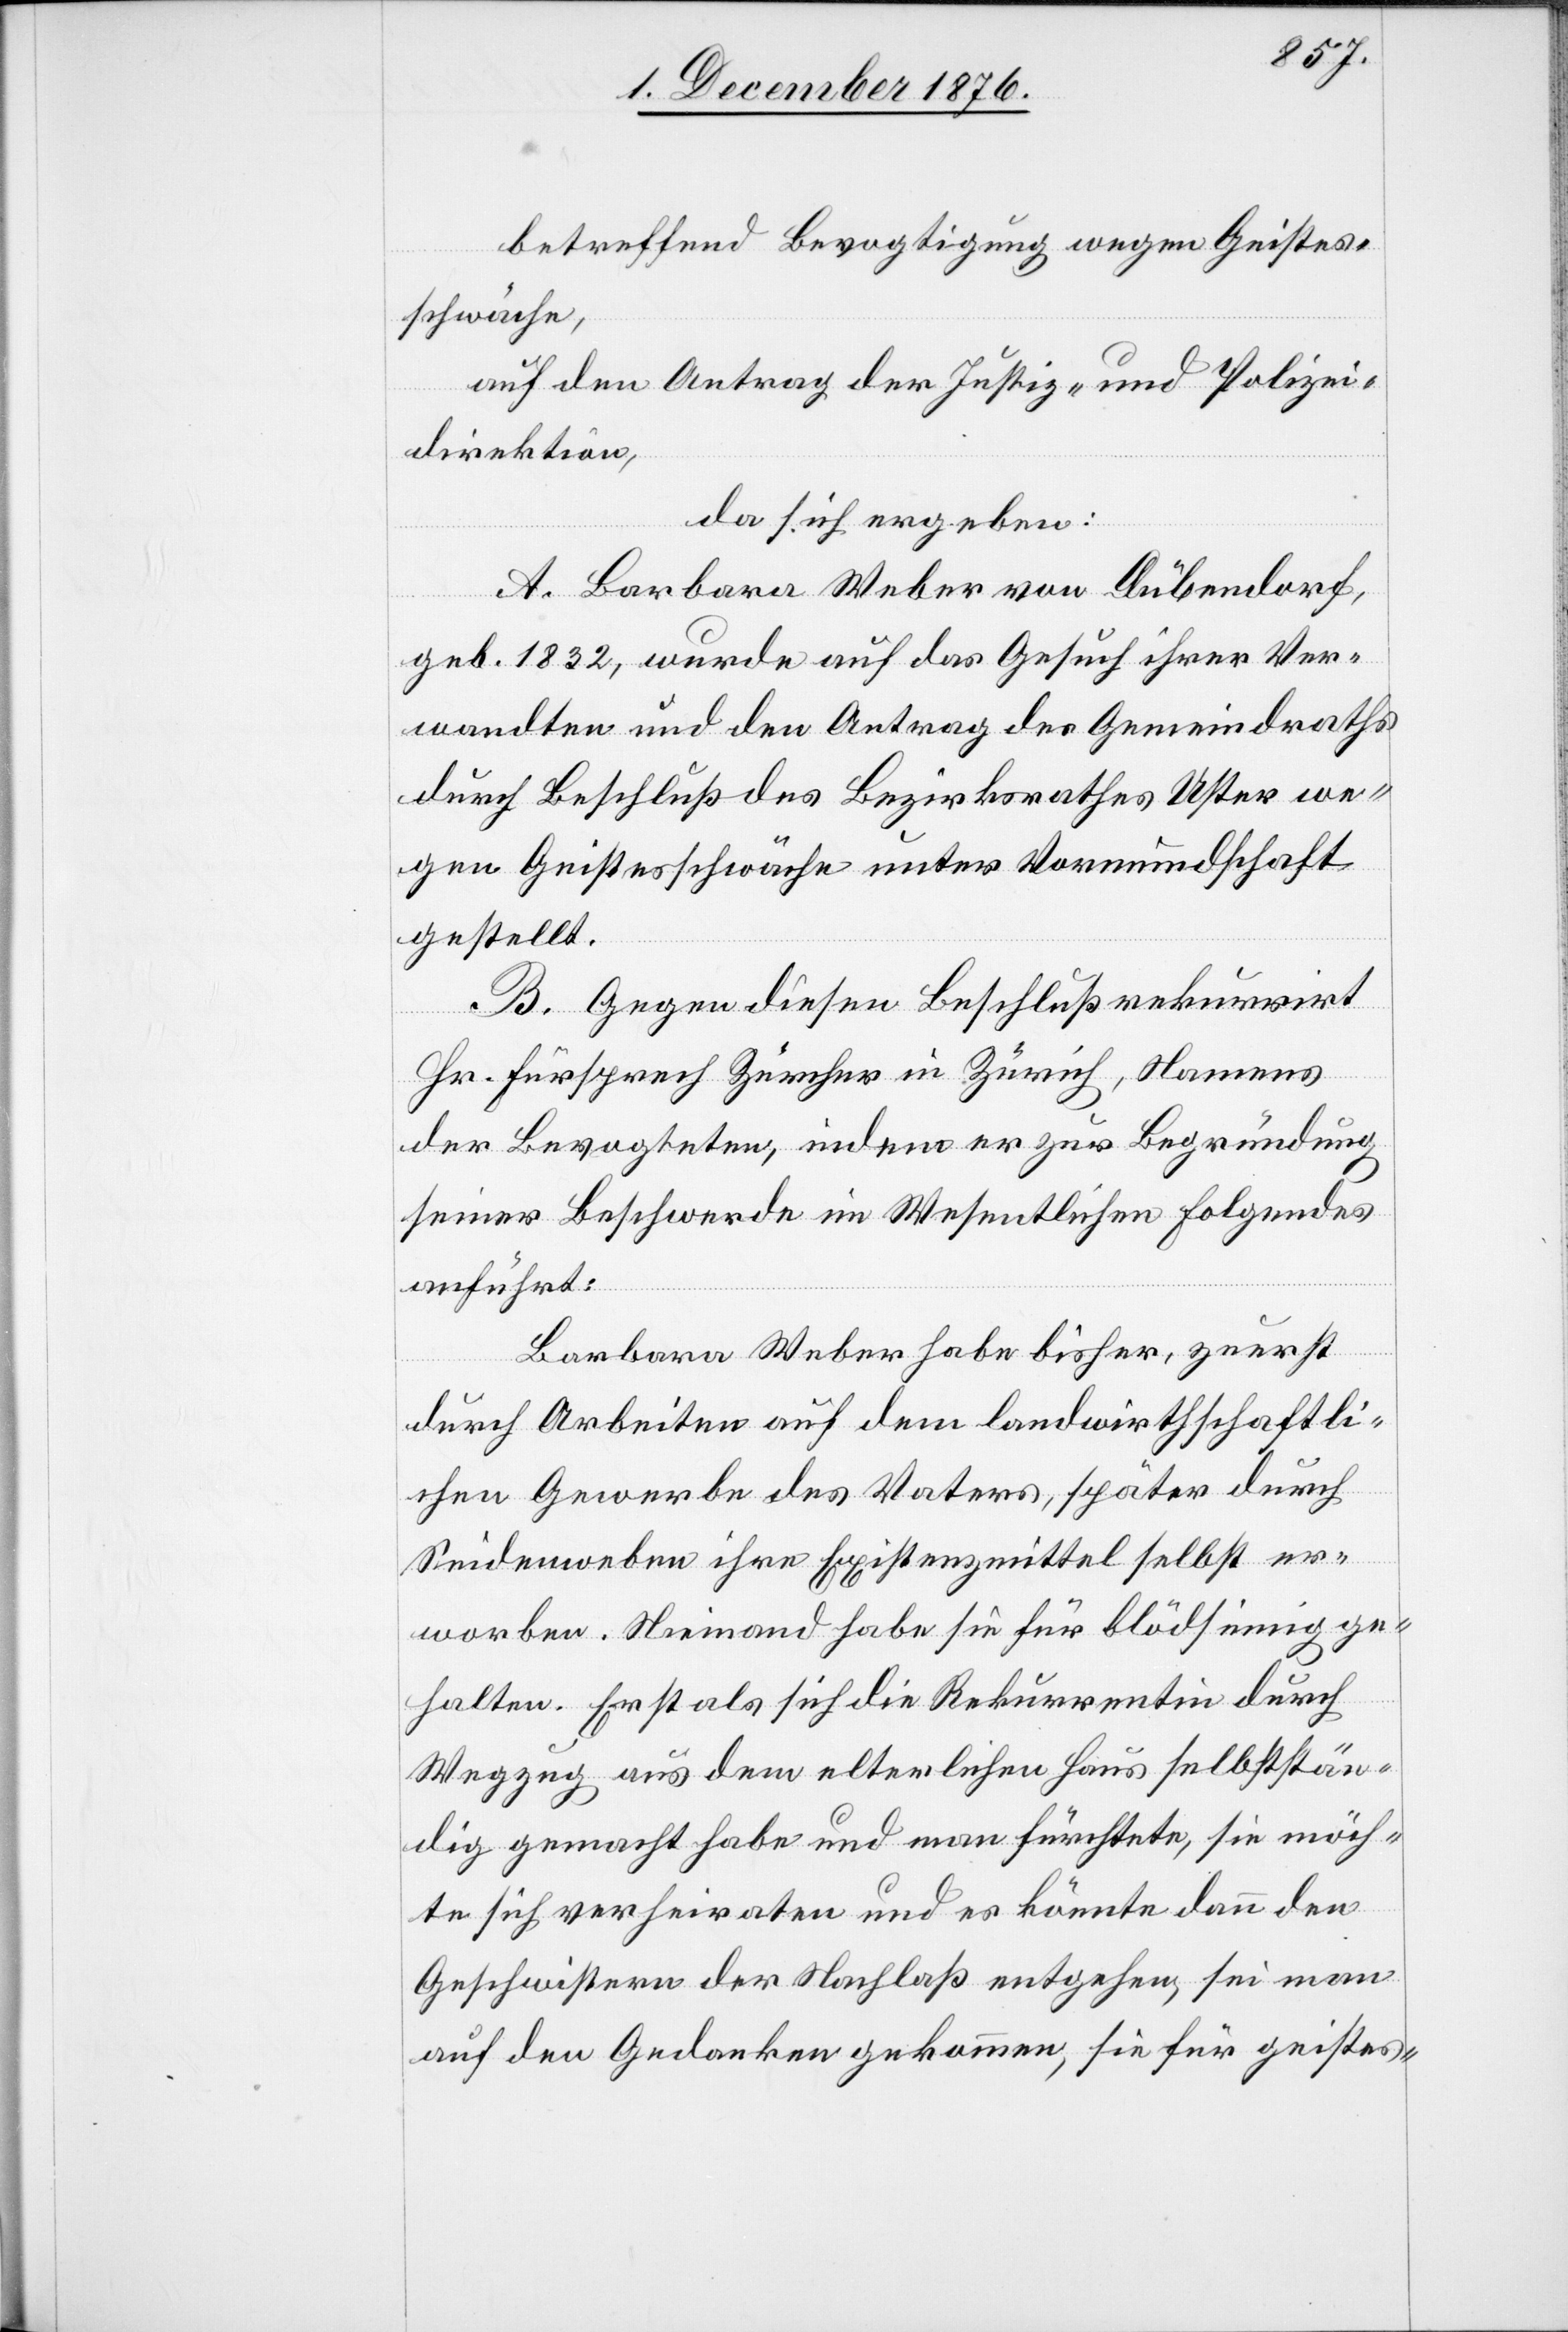
betreffend Bevogtigung wegen Geistes¬
schwäche,
auf den Antrag der Justiz- und Polizei¬
direktion,
da sich ergeben:
A. Barbara Weber von Dübendorf,
geb. 1832, wurde auf das Gesuch ihrer Ver¬
wandten und den Antrag des Gemeindraths
durch Beschluß des Bezirksrathes Uster we¬
gen Geistesschwäche unter Vormundschaft
gestellt.
B. Gegen diesen Beschluß rekurrirt
Hr. Fürsprech Zürcher in Zürich, Namens
der Bevogteten, indem er zur Begründung
seiner Beschwerde im Wesentlichen Folgendes
anführt:
Barbara Weber habe bisher, zuerst
durch Arbeiten auf dem landwirthschaftli¬
chen Gewerbe des Vaters, später durch
Seidenweben ihre Existenzmittel selbst er¬
worben. Niemand habe sie für blödsinnig ge¬
halten. Erst als sich die Rekurrentin durch
Wegzug aus dem elterlichen Haus selbststän¬
dig gemacht habe und man fürchtete, sie möch¬
te sich verheiraten und es könnte dann den
Geschwistern der Nachlaß entgehen, sei man
auf den Gedanken gekommen, sie für geistes-